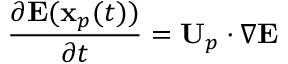
\frac { \partial \mathbf { E } ( \mathbf { x } _ { p } ( t ) ) } { \partial t } = \mathbf { U } _ { p } \cdot \nabla \mathbf { E }